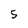
Character: 5